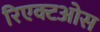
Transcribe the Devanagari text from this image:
रिएक्टओस